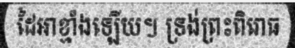
ដៃអាខ្មាំងឡើយ។ ទ្រង់ព្រះពិរោធ